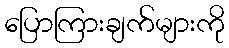
ပြောကြားချက်များကို